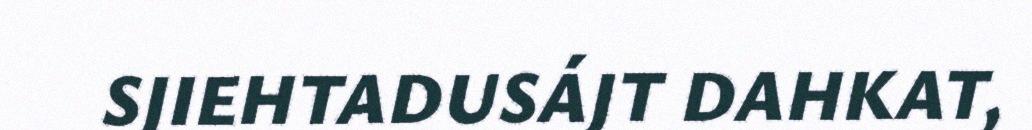
SJIEHTADUSÁJT DAHKAT,